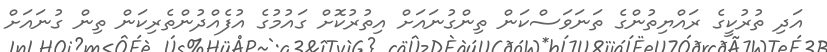
އަދި ތުރުކީގެ ރައްޔިތުންގެ ތަނަވަސްކަން ތިންގުނައަށް އިތުރުކޮށް ގައުމުގެ އުފެއްދުންތެރިކަން ތިން ގުނައަށް